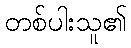
တစ်ပါးသူ၏